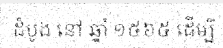
ដំបូង នៅ ឆ្នាំ ១៥៦៥ ដើម្បី